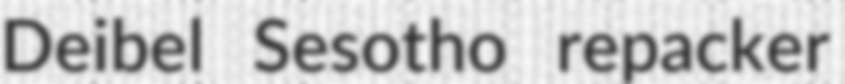
Deibel Sesotho repacker